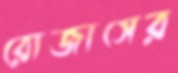
রোজাসের